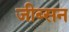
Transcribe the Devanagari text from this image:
जीब्सन